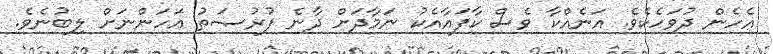
އެހެން ދުވަހެކެވެ. އަނެއްކާ ވެސް ކާފައާއެކު ނަމާދަށް ދާނެ ފުރުޞަތު އަހަންނަށް ލިބުނެވެ.